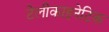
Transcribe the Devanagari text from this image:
टेलीकाइनेटिक